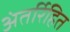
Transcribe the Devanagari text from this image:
अंतर्रिहित